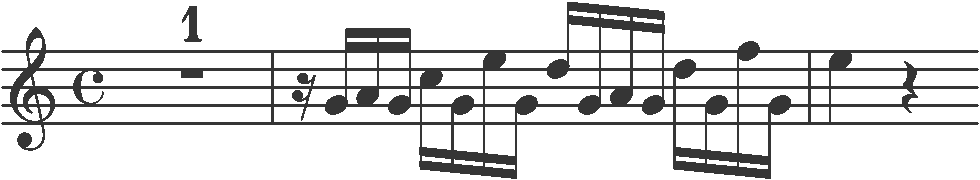
Transcription: clef-G2 timeSignature-C multirest-1 barline rest-sixteenth note-G4_sixteenth note-A4_sixteenth note-G4_sixteenth note-C5_sixteenth note-G4_sixteenth note-E5_sixteenth note-G4_sixteenth note-D5_sixteenth note-G4_sixteenth note-A4_sixteenth note-G4_sixteenth note-D5_sixteenth note-G4_sixteenth note-F5_sixteenth note-G4_sixteenth barline note-E5_quarter rest-quarter